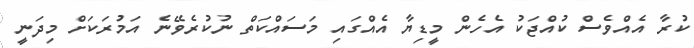
ކުރާ އެއްވެސް ކުއްޖަކު އެހެން މީޑިޔާ އެއްގައި މަސައްކަތް ނުކުރެވޭނެ އަމުރަކަށް މިދަނީ